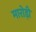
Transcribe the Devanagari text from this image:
मारोड़ी